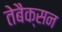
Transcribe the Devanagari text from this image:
तेबैक्सन